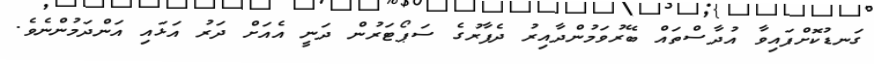
ގަނޑުކޮށްފައިވާ އުދާސްތައް ބޭރުވަމުންދާއިރު ދެފާރުގެ ސަޕޯޓަރުން ދަނީ އެއަށް ދަރު އަޅައި އަންދަމުންނެވެ.